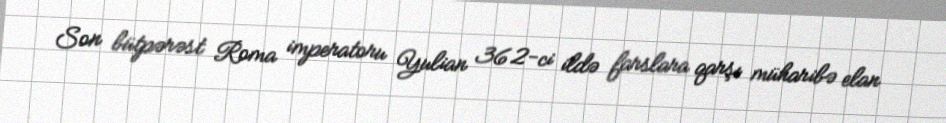
Son bütpərəst Roma imperatoru Yulian 362-ci ildə farslara qarşı müharibə elan